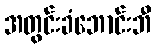
အတွင်းခံဘောင်းဘီ